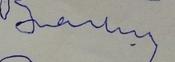
Signature authenticity: forged